Vaccination Hyderabad 1872-1889 - 1872-1889
Year: 1872
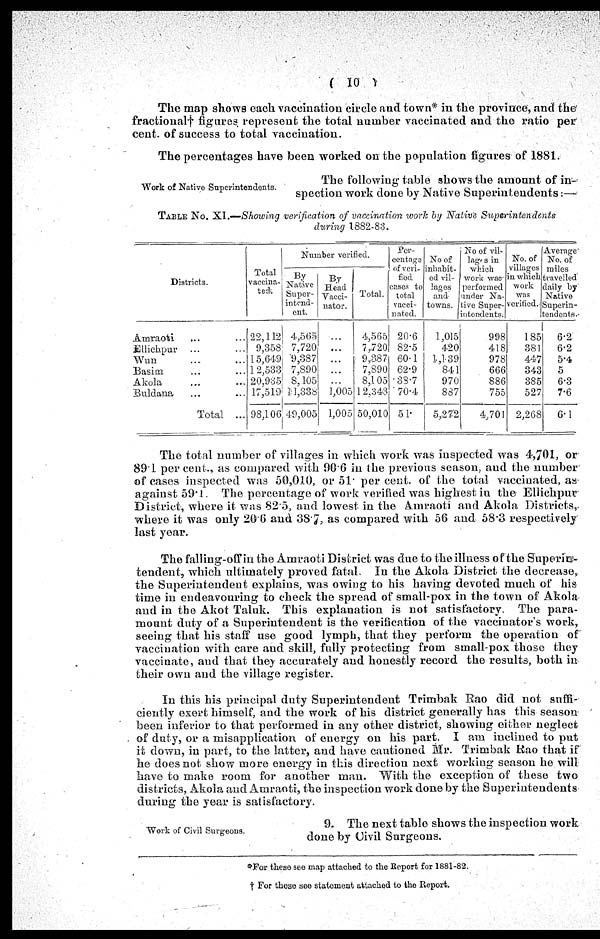
( 10 )
The map shows each vaccination circle and town* in the province, and the*
fractional† figures represent the total number vaccinated and the ratio per
cent. of success to total vaccination.
Work of Native Superintendents.
The percentages have been worked on the population figures of 1881.
The following table shows the amount of in-
spection work done by Native Superintendents:—
TABLE No. XI.—Showing verification of vaccination work by Native
Superintendents
during 1882-83.
Districts.
Amraoti ... ...
Ellichpur ... ...
Wun ... ...
Basim ... ...
Akola ... ...
Buldana ... ...
Total ...
Total
vaccina-
ted.
22,112
9,358
15,649
12,533
20,935
17,519
98,106
Number verified.
By
Native
Super-
intend-
ent.
4,565
7,720
9,387
7,890
8,105
11,388
49,005
By
Head
Vacci-
nator.
...
...
...
...
...
1,005
1,005
Total.
4,565
7,720
9,387
7,890
8,105
12,343
50,010
Per-
centage
of veri-
fied
cases to
total
vacci-
nated.
20.6
82.5
60.1
62.9
38.7
70.4
51.
No of
inhabit-
ed vil-
lages
and
towns.
1,015
420
1,139
841
970
887
5,272
No of vil-
lage s in
which
work waff-
performed
under Na-
tive Super-
intendents.
998
418
978
666
886
755
4,701
No. of
villages
in which
work
was
verified.-
185
381
447
343
385
527
2,268
Average
No. of
miles
travelled
daily by
Native
Superin-
tendents.
6.2
6.2
5.4
5
6.3
7.6
6.1
The total number of villages in which work was inspected was 4,701, or
89.1 per cent., as compared with 90.6 in the previous season, and the number
of cases inspected was 50,010, or 51. per cent. of the total vaccinated, as
against 59.1. The percentage of work verified was highest in the Ellichpur
District, where it was 82.5, and lowest in the Amraoti and Akola Districts,
where it was only 20.6 and 38.7, as compared with 56 and 58.3 respectively
last year.
The falling-off in the Amraoti District was due to the illness of the Superins-
tendent, which ultimately proved fatal. In the Akola District the decrease,
the Superintendent explains, was owing to his having devoted much of his
time in endeavouring to check the spread of small-pox in the town of Akola
and in the Akot Taluk. This explanation is not satisfactory. The para-
mount duty of a Superintendent is the verification of the vaccinator's work,
seeing that his staff use good lymph, that they perform the operation of
vaccination with care and skill, fully protecting from small-pox those they
vaccinate, and that they accurately and honestly record the results, both in
their own and the village register.
In this his principal duty Superintendent Trimbak Rao did not suffi-
ciently exert himself, and the work of his district generally has this season
been inferior to that performed in any other district, showing either neglect
of duty, or a misapplication of energy on his part. I am inclined to put
it down, in part, to the latter, and have cautioned Mr. Trimbak Rao that if
he does not show more energy in this direction next working season he will
have to make room for another man. With the exception of these two
districts, Akola and Amraoti, the inspection work done by the Superintendents
during the year is satisfactory.
Work of Civil Surgeons.
9. The next table shows the inspection work
done by Civil Surgeons.
*For these see map attached to the Report for 1881-82.
† For these see statement attached to the Report.